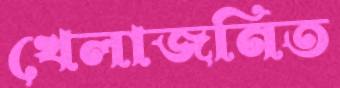
খেলাজনিত